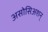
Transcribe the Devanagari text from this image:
असोसिअशन्